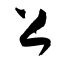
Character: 上